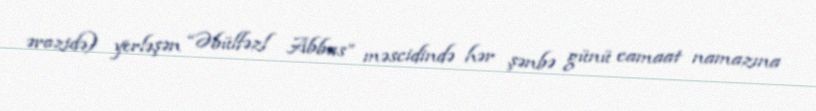
ərazidə) yerləşən “Əbülfəzl Abbas” məscidində hər şənbə günü camaat namazına